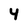
Character: 4